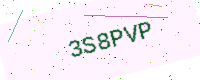
Text: 3S8PVP